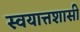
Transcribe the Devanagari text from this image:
स्वयात्तशासी